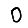
Digit: 0